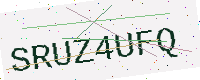
Text: SRUZ4UFQ